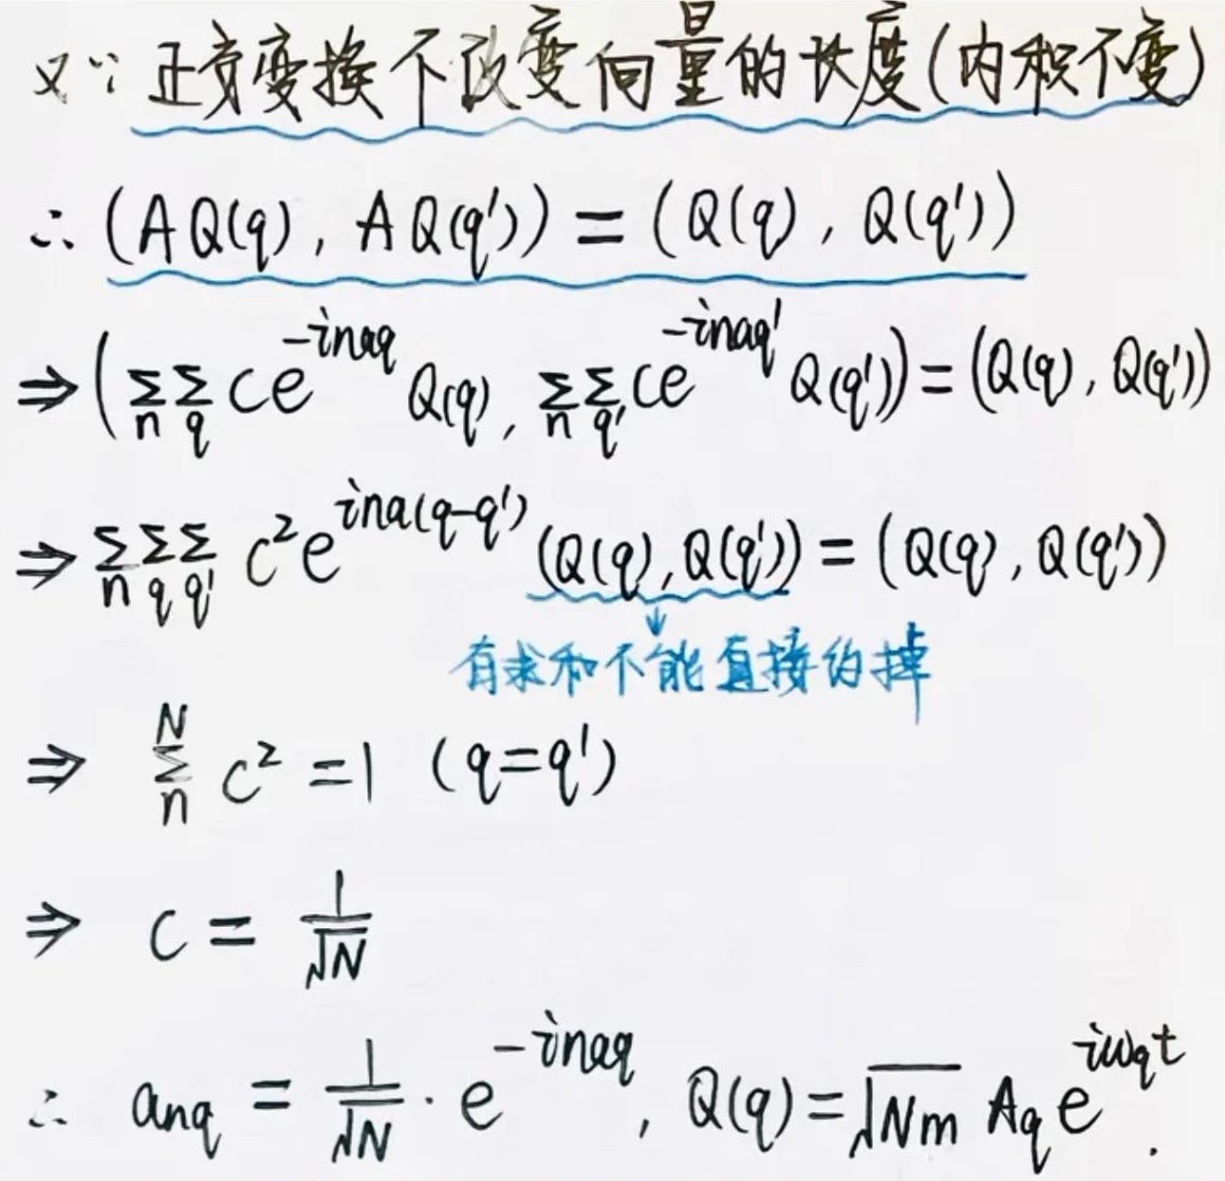
又$\because$正交变换不改变向量的长度（内积不变）
$\therefore (AQ(q),AQ(q'))=(Q(q),Q(q'))$
$\Rightarrow (\sum_{n}\sum_{q}ce^{-inq}Q(q),\sum_{n}\sum_{q'}ce^{-inq'}Q(q'))=(Q(q),Q(q'))$
$\Rightarrow\sum_{n}\sum_{q}\sum_{q'}c^{2}e^{in\alpha(q - q')}(Q(q),Q(q'))=(Q(q),Q(q'))$（有求和不能直接约掉）
$\Rightarrow\sum_{n}^{N}c^{2}=1\ (q = q')$
$\Rightarrow c=\frac{1}{\sqrt{N}}$
$\therefore a_{nq}=\frac{1}{\sqrt{N}}\cdot e^{-inq},Q(q)=\sqrt{Nm}A_{q}e^{i\omega_{q}t}.$